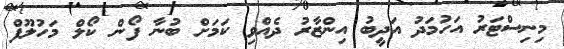
މިނިސްޓަރު އަހުމަދު އަދީބު އިންޒާރު ދެއްވި ކަމަށް ބުނާ ފޯން ކޯލް މަހުލޫފް